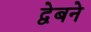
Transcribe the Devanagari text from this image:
द्वेबने